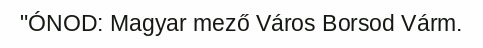
"ÓNOD: Magyar mező Város Borsod Várm.